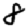
Digit: 8